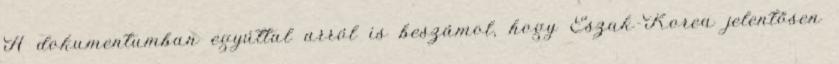
A dokumentumban egyúttal arról is beszámol, hogy Észak-Korea jelentősen